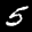
Label: 5